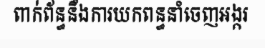
ពាក់ព័ន្ធនឹងការយកពន្ធនាំចេញអង្ករ